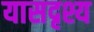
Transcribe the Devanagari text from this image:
यासदृश्य